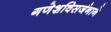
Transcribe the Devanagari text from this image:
गणेशविसर्जनाने